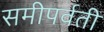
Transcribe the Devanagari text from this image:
समीपर्वती